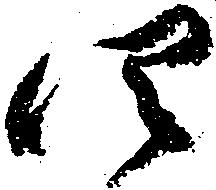
四